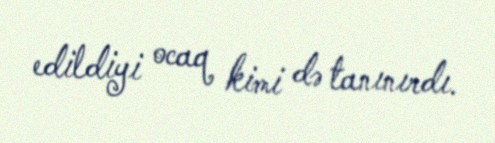
edildiyi ocaq kimi də tanınırdı.